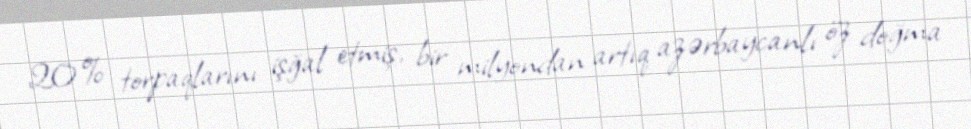
20% torpaqlarını işğal etmiş, bir milyondan artıq azərbaycanlı öz doğma